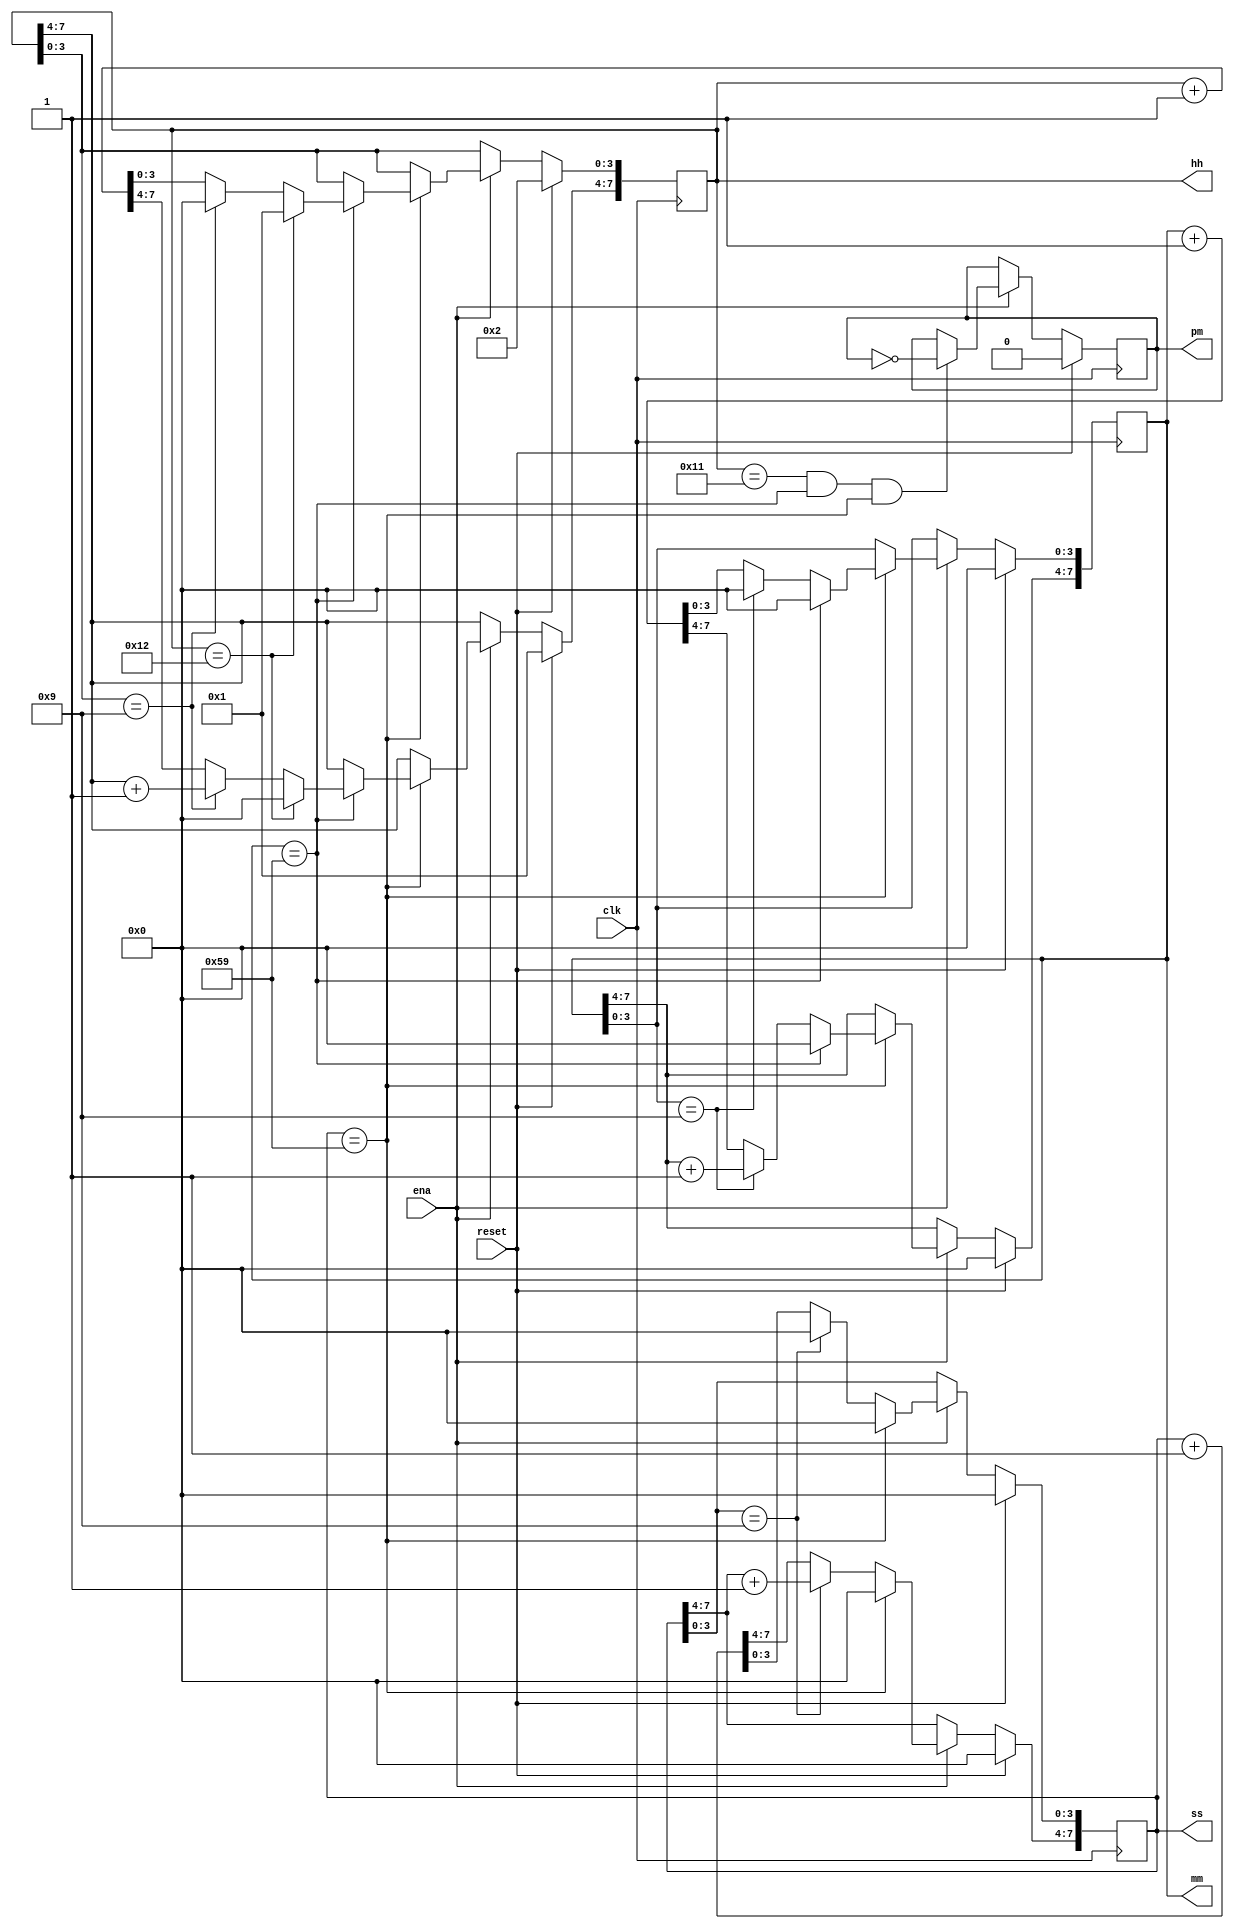
module top_module(
    input clk,
    input reset,
    input ena,
    output pm,
    output [7:0] hh,
    output [7:0] mm,
    output [7:0] ss); 

    always @(posedge clk) begin
        if(reset)
        begin
            pm <= 1'b0;
            hh <= 8'h12;
            mm <= 8'b00_000_000;
            ss <= 8'b00_000_000;
        end
        else if(ena)
        begin
            
            if((hh == 8'h11)&&(mm == 8'h59)&&(ss == 8'h59))
            begin
                pm <= ~pm;
            end

            if(ss == 8'h59)
            begin
                ss <= 8'd00;
                if(mm == 8'h59)
                begin
                    mm <= 8'h00;
                    if(hh == 8'h12)
                    begin
                        hh <= 8'd01;
                    end
                    else if(hh[3:0]==4'h9)
                    begin
                        hh[3:0] <= 4'h0;
                        hh[7:4] <= hh[7:4] + 1'b1;
                    end
                    else
                    begin
                        hh <= hh + 1'b1;
                    end
                end
                else if(mm[3:0] == 4'h9)
                begin
                    mm[3:0] <= 4'h0;
                    mm[7:4] <= mm[7:4] + 1'b1;
                end
                else
                begin
                    mm <= mm + 1'b1;
                end
                
            end
            else if(ss[3:0]==4'h9)
            begin
                ss[3:0] <= 4'h0;
                ss[7:4] <= ss[7:4] + 1'b1;
            end
            else
            begin
                ss <= ss + 1'b1;
            end
        end
    end

endmodule